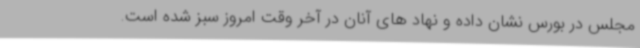
مجلس در بورس نشان داده و نهاد های آنان در آخر وقت امروز سبز شده است.